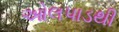
ઓલપાડથી